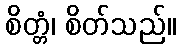
စိတ္တံ၊ စိတ်သည်။